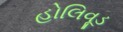
હોલિવૂડ